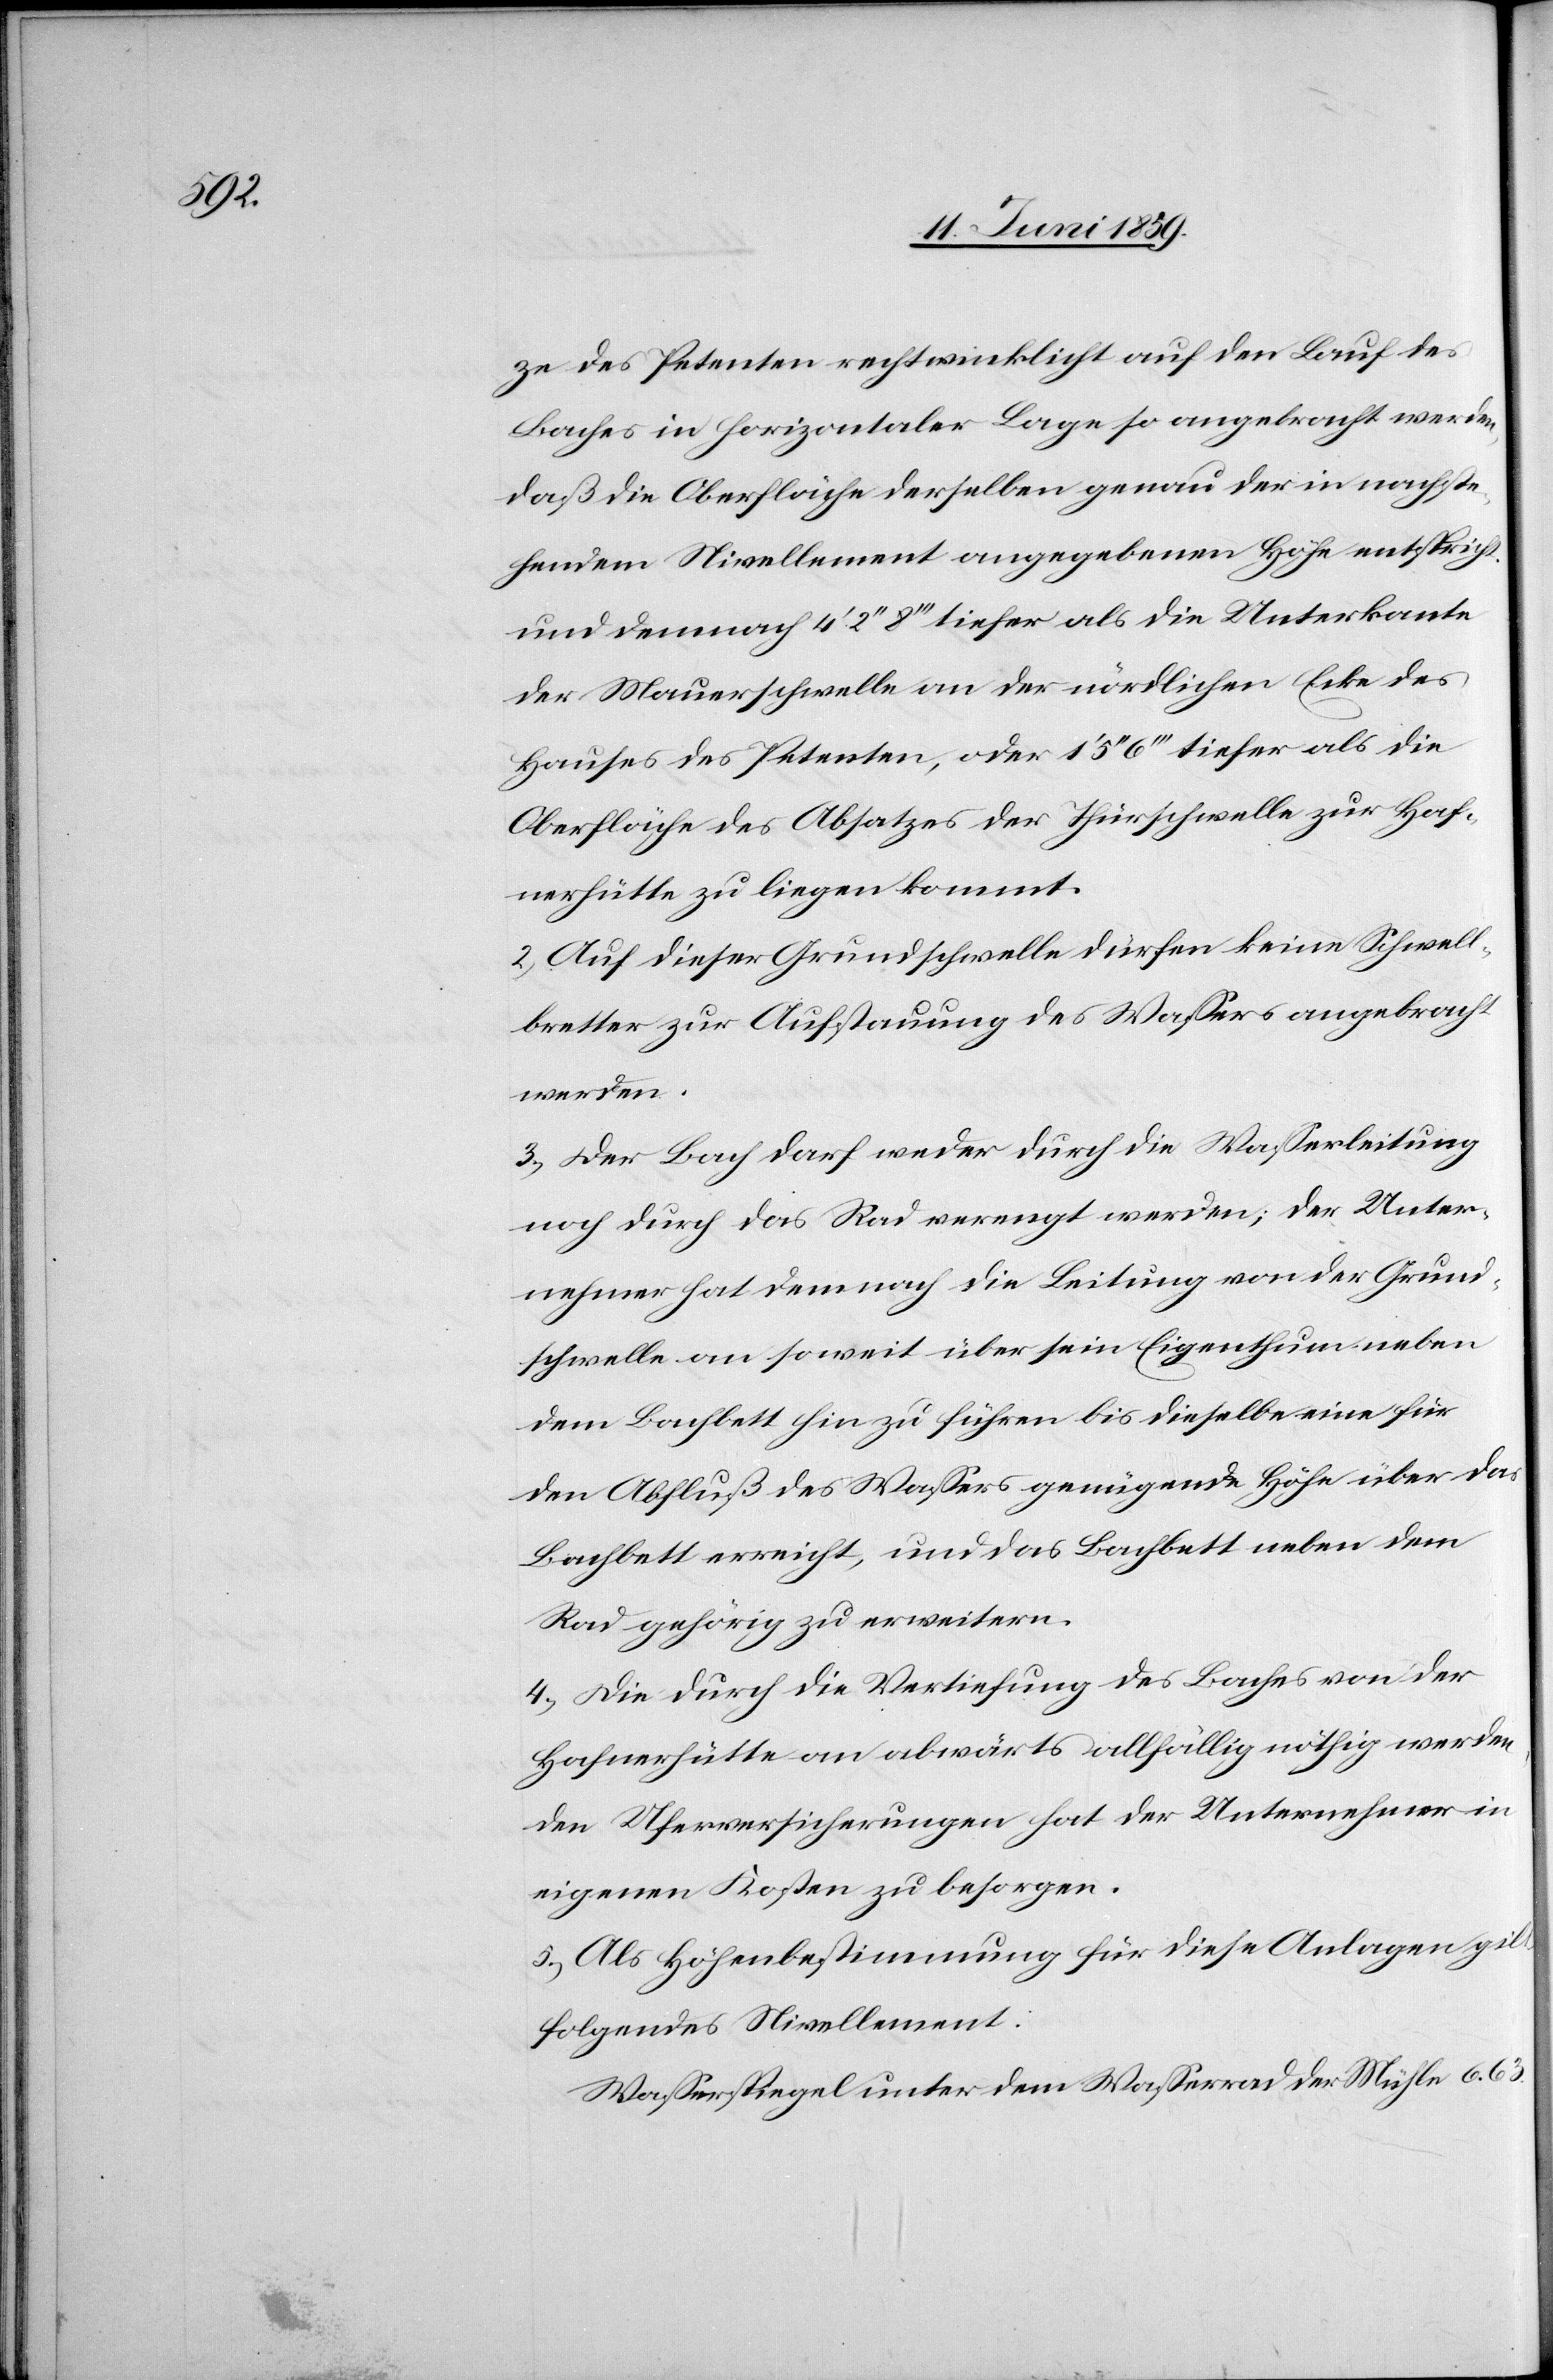
ze des Petenten rechtwinklicht auf den Lauf des
Baches in horizontaler Lage so angebracht werden,
daß die Oberfläche derselben genau der in nachste¬
hendem Nivellement angegebenen Höhe entspricht
und demnach 4'2'' 8''' tiefer als die Unterkante
der Mauerschwelle an der nördlichen Ecke des
Hauses des Petenten, oder 1'5''6''' tiefer als die
Oberfläche des Absatzes der Thürschwelle zur Haf¬
nerhütte zu liegen kommt.
2) Auf dieser Grundschwelle dürfen keine Schwell¬
bretter zur Aufstauung des Wassers angebracht
werden.
3) Der Bach darf weder durch die Wasserleitung
noch durch das Rad verengt werden; der Unter¬
nehmer hat demnach die Leitung von der Grund¬
schwelle an soweit über sein Eigenthum neben
dem Bachbett hin zu führen bis dieselbe eine für
den Abfluß des Wassers genügende Höhe über das
Bachbett erreicht, und das Bachbett neben dem
Rad gehörig zu erweitern.
4) Die durch die Vertiefung des Baches von der
Hafnerhütte an abwärts allfällig nöthig werden¬
den Uferversicherungen hat der Unternehmer in
eigenen Kosten zu besorgen.
5) Als Höhenbestimmung für diese Anlagen gilt
folgendes Nivellement:
Wasserspiegel unter dem Wasserrad der Mühle